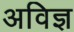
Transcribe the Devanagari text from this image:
अविज्ञ